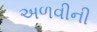
અળવીની